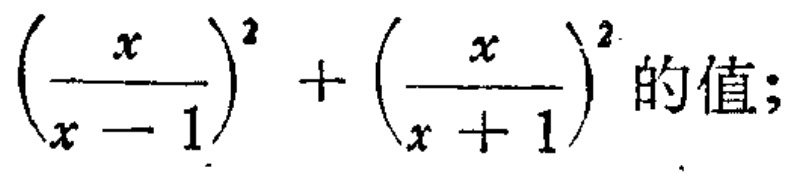
$\left(\frac{x}{x - 1}\right)^{2}+\left(\frac{x}{x + 1}\right)^{2}$